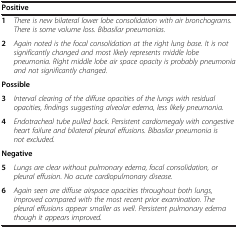
| <COLSPAN=2> Positive |
 | --- | --- |
 | 1 | There is new bilateral lower lobe consolidation with air bronchograms. There is some volume loss. Bibasilar pneumonias. |
 | 2 | Again noted is the focal consolidation at the right lung base. It is not significantly changed and most likely represents middle lobe pneumonia. Right middle lobe air space opacity is probably pneumonia and not significantly changed. |
 | <COLSPAN=2> Possible |
 | 3 | Interval clearing of the diffuse opacities of the lungs with residual opacities, findings suggesting alveolar edema, less likely pneumonia. |
 | 4 | Endotracheal tube pulled back. Persistent cardiomegaly with congestive heart failure and bilateral pleural effusions. Bibasilar pneumonia is not excluded. |
 | <COLSPAN=2> Negative |
 | 5 | Lungs are clear without pulmonary edema, focal consolidation, or pleural effusion. No acute cardiopulmonary disease. |
 | 6 | Again seen are diffuse airspace opacities throughout both lungs, improved compared with the most recent prior examination. The pleural effusions appear smaller as well. Persistent pulmonary edema though it appears improved. |